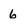
Character: 6